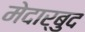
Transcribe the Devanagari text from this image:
मेदार्बुद